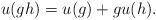
LaTeX: \begin{align*} u(gh) = u(g) + gu(h).\end{align*}